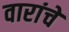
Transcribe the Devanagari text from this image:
वारांचे